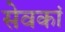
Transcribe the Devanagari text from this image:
सेवकां